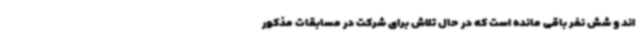
اند و شش نفر باقی مانده است که در حال تلاش برای شرکت در مسابقات مذکور